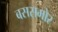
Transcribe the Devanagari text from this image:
बससमोर